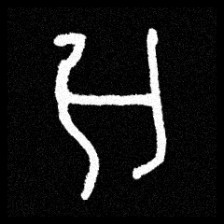
Pyu character \u2014 Myanmar letter: အ (romanized: a)